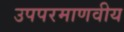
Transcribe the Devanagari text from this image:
उपपरमाणवीय